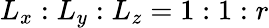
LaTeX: L_{x}:L_{y}:L_{z}=1:1:r